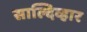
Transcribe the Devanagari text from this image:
साल्दिव्हार